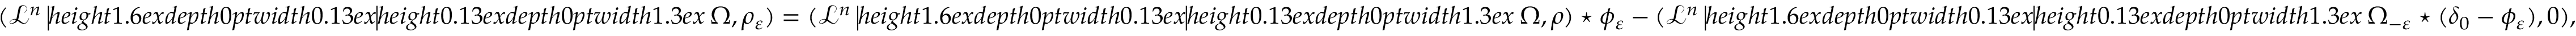
\begin{array} { r } { ( \mathcal { L } ^ { n } \mathbin { \vrule h e i g h t 1 . 6 e x d e p t h 0 p t w i d t h 0 . 1 3 e x \vrule h e i g h t 0 . 1 3 e x d e p t h 0 p t w i d t h 1 . 3 e x } \Omega , \rho _ { \varepsilon } ) = ( \mathcal { L } ^ { n } \mathbin { \vrule h e i g h t 1 . 6 e x d e p t h 0 p t w i d t h 0 . 1 3 e x \vrule h e i g h t 0 . 1 3 e x d e p t h 0 p t w i d t h 1 . 3 e x } \Omega , \rho ) \star \phi _ { \varepsilon } - ( \mathcal { L } ^ { n } \mathbin { \vrule h e i g h t 1 . 6 e x d e p t h 0 p t w i d t h 0 . 1 3 e x \vrule h e i g h t 0 . 1 3 e x d e p t h 0 p t w i d t h 1 . 3 e x } \Omega _ { - \varepsilon } \star ( \delta _ { 0 } - \phi _ { \varepsilon } ) , 0 ) , } \end{array}